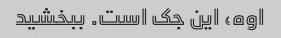
اوه، این جک است. ببخشید